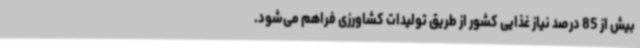
بیش از 85 درصد نیاز غذایی کشور از طریق تولیدات کشاورزی فراهم می‌شود.